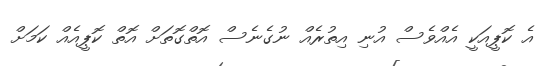
އެ ކޮޕީއަކީ އެއްވެސް އުނި އިތުރެއް ނުގެނެސް އޮތްގޮތަށް އޮތް ކޮޕީއެއް ކަމަށް